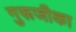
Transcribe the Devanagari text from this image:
गुरूजीका